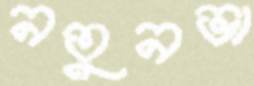
নতুনভা